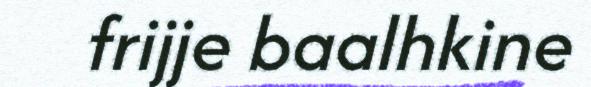
frijje baalhkine